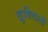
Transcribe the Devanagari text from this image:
खुशियाली